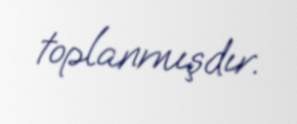
toplanmışdır.